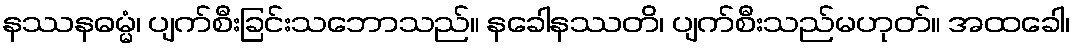
နဿနဓမ္မံ၊ ပျက်စီးခြင်းသဘောသည်။ နခေါနဿတိ၊ ပျက်စီးသည်မဟုတ်။ အထခေါ၊